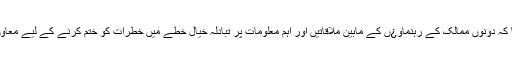
انہوں نے کہا کہ دونوں ممالک کے رہنماو¿ں کے مابین ملاقاتیں اور اہم معلومات پر تبادلہ خیال خطے میں خطرات کو ختم کرنے کے لیے معاون ثابت ہو گا۔